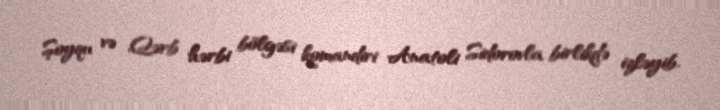
Şoyqu və Qərb hərbi bölgəsi komandiri Anatoli Sidorovla birlikdə izləyib.